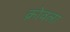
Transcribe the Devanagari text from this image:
क्रोवला